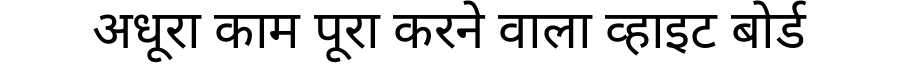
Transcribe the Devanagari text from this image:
अधूरा काम पूरा करने वाला व्हाइट बोर्ड